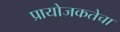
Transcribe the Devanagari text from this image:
प्रायोजकतेचा